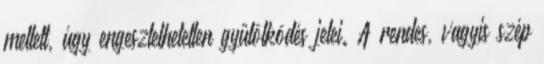
mellett, úgy engesztelhetetlen gyűlölködés jelei. A rendes, vagyis szép